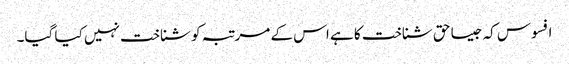
افسوس کہ جیسا حق شناخت کا ہے اس کے مرتبہ کو شناخت نہیں کیا گیا۔